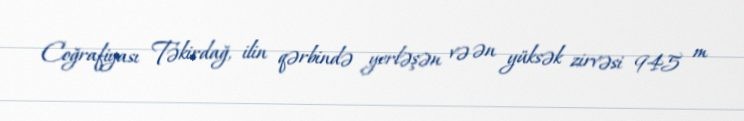
Coğrafiyası Təkirdağ, ilin qərbində yerləşən və ən yüksək zirvəsi 945 m